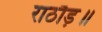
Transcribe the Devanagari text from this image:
राठौड़॥